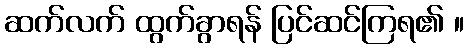
ဆက်လက် ထွက်ခွာရန် ပြင်ဆင်ကြရ၏ ။